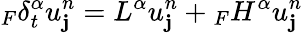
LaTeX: {}_{F}\delta_{t}^{\alpha}u_{\mathbf{j}}^{n}=L^{\alpha}u_{\mathbf{j}}^{n}+{}_{F}H^{\alpha}u_{\mathbf{j}}^{n}